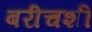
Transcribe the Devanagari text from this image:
बरीचशीं